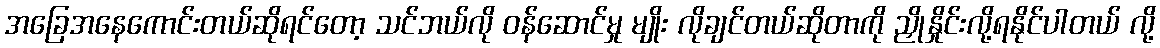
အခြေအနေကောင်းတယ်ဆိုရင်တော့ သင်ဘယ်လို ဝန်ဆောင်မှု မျိုး လိုချင်တယ်ဆိုတာကို ညှိုနှိုင်းလို့ရနိုင်ပါတယ် လို့